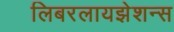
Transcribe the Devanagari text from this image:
लिबरलायझेशन्स